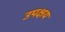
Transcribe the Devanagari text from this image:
उपक्षय